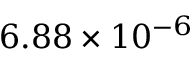
6 . 8 8 \times 1 0 ^ { - 6 }